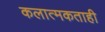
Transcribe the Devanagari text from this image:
कलात्मकताही